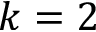
k = 2